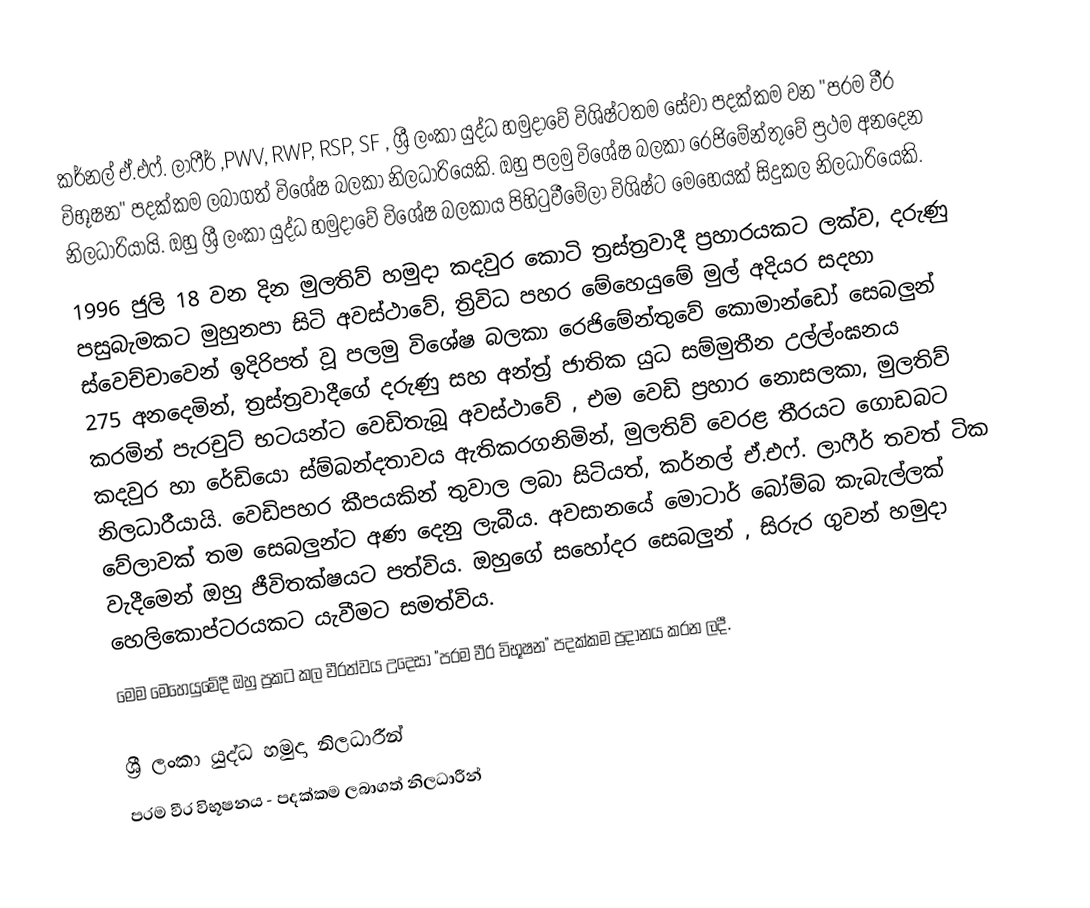
කර්නල් ඒ.එෆ්. ලාෆීර් ,PWV, RWP, RSP, SF , ශ්‍රී ලංකා යුද්ධ හමුදාවේ විශිෂ්ටතම සේවා පදක්කම වන "පරම වීර විභූෂන" පදක්කම ලබාගත් විශේෂ බලකා නිලධාරියෙකි. ඔහු පලමු විශේෂ බලකා රෙජිමේන්තුවේ ප්‍රථම අනදෙන නිලධාරියායි. ඔහු ශ්‍රී ලංකා යුද්ධ හමුදාවේ විශේෂ බලකාය පිහිටුවීමේලා විශිෂ්ට මෙහෙයක් සිදුකල නිලධාරියෙකි.
1996 ජුලි 18 වන දින මුලතිව් හමුදා කදවුර කොටි ත්‍රස්ත්‍රවාදී ප්‍රහාරයකට ලක්ව, දරුණු පසුබැමකට මුහුනපා සිටි අවස්ථාවේ, ත්‍රිවිධ පහර මේහෙයුමේ මුල් අදියර සදහා ස්වෙච්චාවෙන් ඉදිරිපත් වූ පලමු විශේෂ බලකා රෙජිමේන්තුවේ කොමාන්ඩෝ සෙබලුන් 275 අනදෙමින්, ත්‍රස්ත්‍රවාදීගේ දරුණු සහ අන්ත්‍ර් ජාතික යුධ සම්මුතීන උල්ල්ංඝනය කරමින් පැරචුට් භටයන්ට වෙඩිතැබූ අවස්ථාවේ , එම වෙඩි ප්‍රහාර නොසලකා,  මුලතිව් කදවුර හා රේඩියො ස්ම්බන්දතාවය ඇතිකරගනිමින්, මුලතිව් වෙරළ තීරයට ගොඩබට නිලධාරීයායි. වෙඩිපහර කීපයකින් තුවාල ලබා සිටියත්, කර්නල් ඒ.එෆ්. ලාෆීර් තවත් ටික වේලාවක් තම සෙබලුන්ට අණ දෙනු ලැබීය. අවසානයේ මොටාර් බෝම්බ කැබැල්ලක් වැදීමෙන් ඔහු ජීවිතක්ෂයට පත්විය. ඔහුගේ සහෝදර සෙබලුන් , සිරුර ගුවන් හමුදා හෙලිකොප්ටරයකට යැවීමට සමත්විය.
මෙම මෙහෙයුමේදී ඔහු ප්‍රකට කල වීරත්වය උදෙසා "පරම වීර විභූෂන" පදක්කම  ප්‍රදානය කරන ලදී.

ශ්‍රී ලංකා යුද්ධ හමුදා නිලධාරීන්
පරම වීර විභූෂනය - පදක්කම ලබාගත් නිලධාරීන්